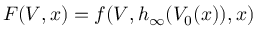
F ( V , x ) = f ( V , h _ { \infty } ( V _ { 0 } ( x ) ) , x )